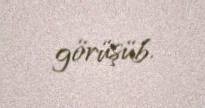
görüşüb.